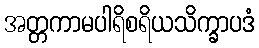
အတ္တကာမပါရိစရိယသိက္ခာပဒံ